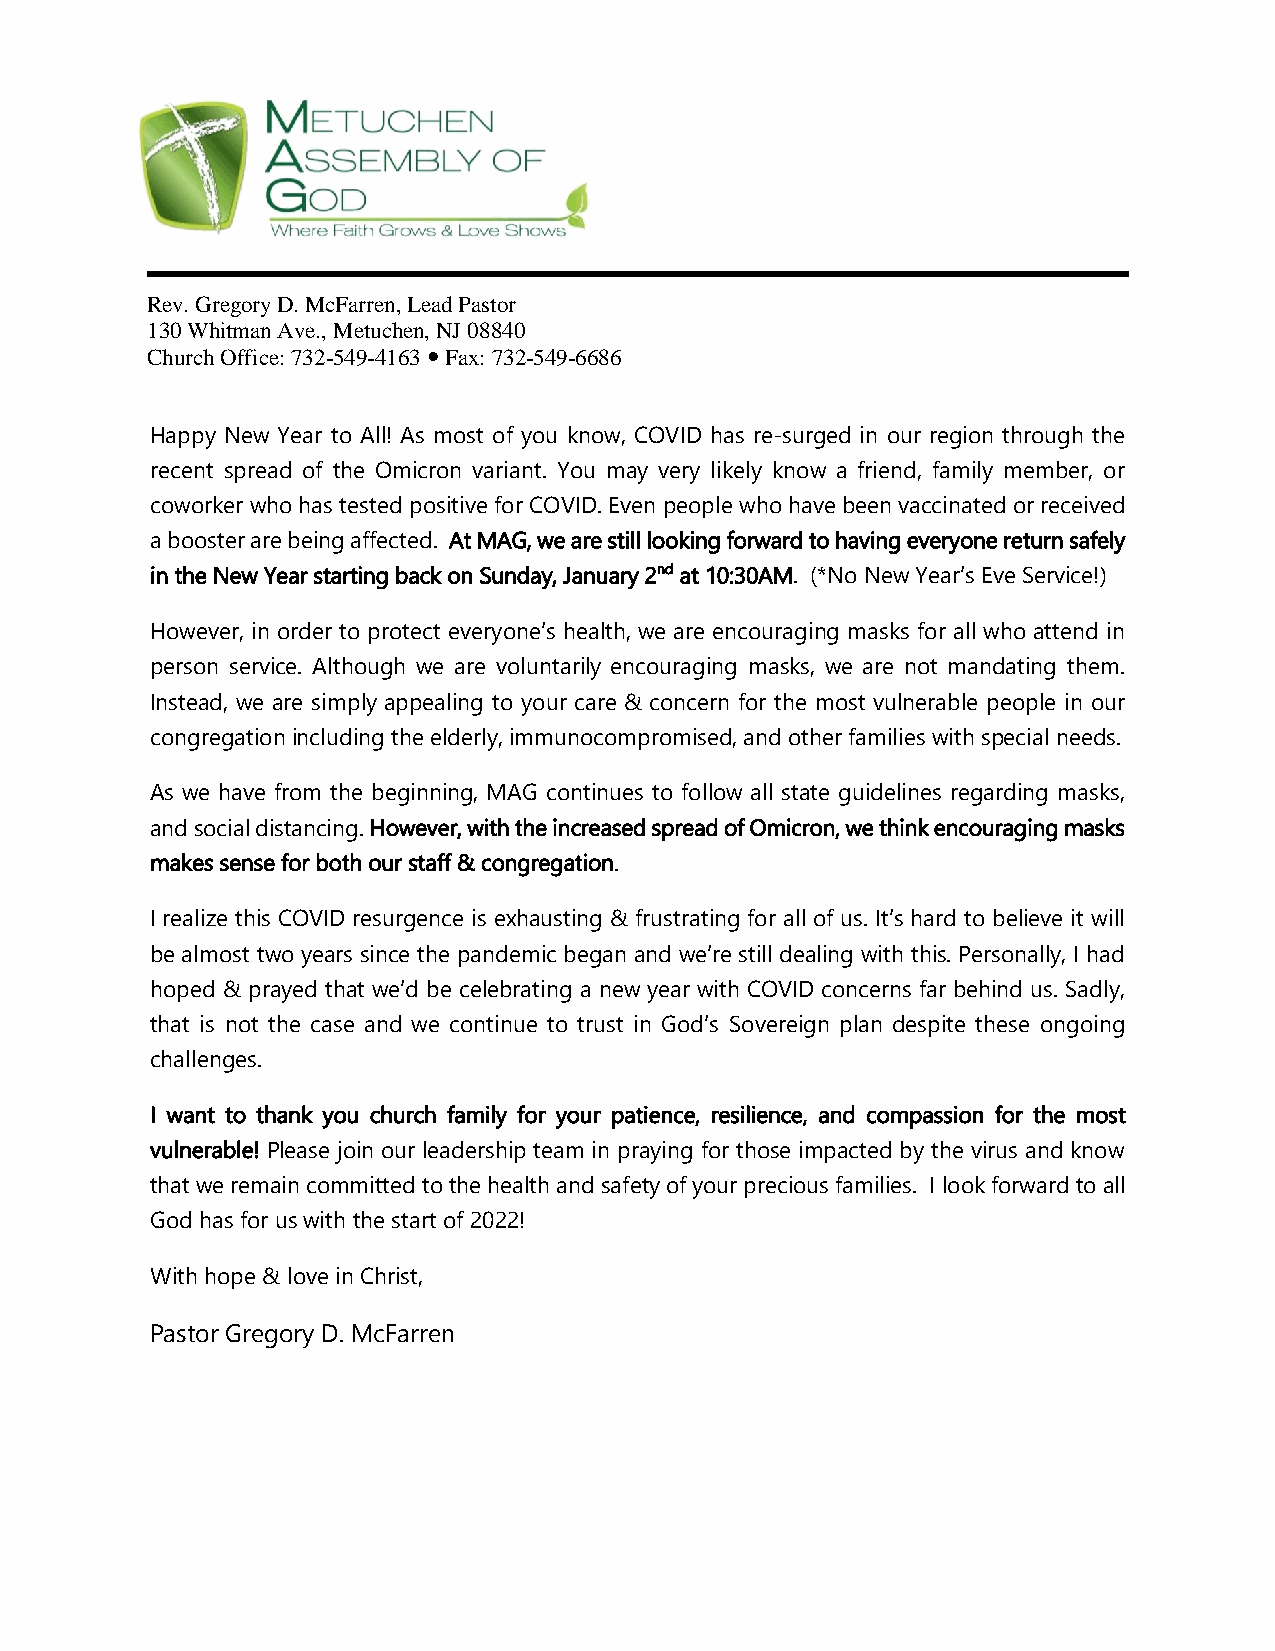
Rev. Gregory D. McFarren, Lead Pastor
 130 Whitman Ave., Metuchen, NJ 08840
 Church Office: 732-549-4163  Fax: 732-549-6686
 Happy New Year to All! As most of you know, COVID has re-surged in our region through the
 recent spread of the Omicron variant. You may very likely know a friend, family member, or
 coworker who has tested positive for COVID. Even people who have been vaccinated or received
 a booster are being affected. At MAG, we are still looking forward to having everyone return safely
 in the New Year starting back on Sunday, January 2nd at 10:30AM. (*No New Year’s Eve Service!)
 However, in order to protect everyone’s health, we are encouraging masks for all who attend in
 person service. Although we are voluntarily encouraging masks, we are not mandating them.
 Instead, we are simply appealing to your care & concern for the most vulnerable people in our
 congregation including the elderly, immunocompromised, and other families with special needs.
 As we have from the beginning, MAG continues to follow all state guidelines regarding masks,
 and social distancing. However, with the increased spread of Omicron, we think encouraging masks
 makes sense for both our staff & congregation.
 I realize this COVID resurgence is exhausting & frustrating for all of us. It’s hard to believe it will
 be almost two years since the pandemic began and we’re still dealing with this. Personally, I had
 hoped & prayed that we’d be celebrating a new year with COVID concerns far behind us. Sadly,
 that is not the case and we continue to trust in God’s Sovereign plan despite these ongoing
 challenges.
 I want to thank you church family for your patience, resilience, and compassion for the most
 vulnerable! Please join our leadership team in praying for those impacted by the virus and know
 that we remain committed to the health and safety of your precious families. I look forward to all
 God has for us with the start of 2022!
 With hope & love in Christ,
 Pastor Gregory D. McFarren